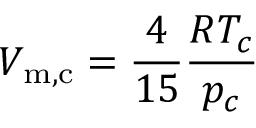
V _ { \mathrm { m , c } } = { \frac { 4 } { 1 5 } } { \frac { R T _ { c } } { p _ { c } } }